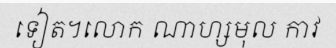
ទៀត។លោក ណាហ្សមុល កាវ